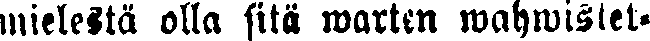
mielestä olla sitä warten wahwistet-